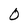
Character: O